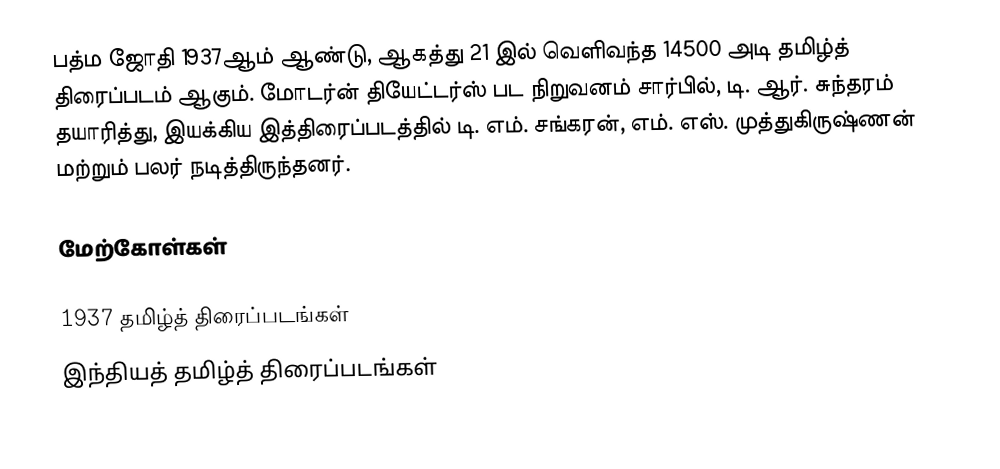
பத்ம ஜோதி 1937ஆம் ஆண்டு, ஆகத்து 21 இல் வெளிவந்த 14500 அடி தமிழ்த் திரைப்படம் ஆகும். மோடர்ன் தியேட்டர்ஸ் பட நிறுவனம் சார்பில், டி. ஆர். சுந்தரம் தயாரித்து, இயக்கிய இத்திரைப்படத்தில் டி. எம். சங்கரன், எம். எஸ். முத்துகிருஷ்ணன் மற்றும் பலர் நடித்திருந்தனர்.

மேற்கோள்கள்

1937 தமிழ்த் திரைப்படங்கள்
இந்தியத் தமிழ்த் திரைப்படங்கள்